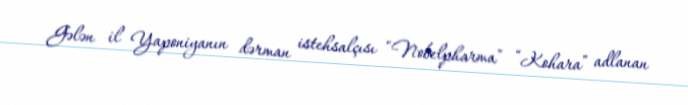
Gələn il Yaponiyanın dərman istehsalçısı “Nobelpharma” “Kohara” adlanan